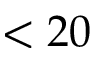
< 2 0